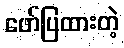
ဖော်ပြထားတဲ့